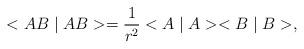
LaTeX: \begin{align*}<AB\mid AB>=\frac 1{r^2}<A\mid A><B\mid B>, \end{align*}